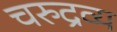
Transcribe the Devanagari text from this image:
चरुद्रव्य